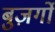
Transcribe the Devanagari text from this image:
बुज़र्गो